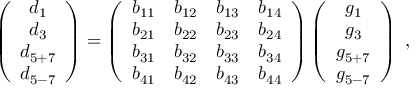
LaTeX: \left( \begin{array} { c } { { d _ { 1 } } } \\ { { d _ { 3 } } } \\ { { d _ { 5 + 7 } } } \\ { { d _ { 5 - 7 } } } \end{array} \right) = \left( \begin{array} { c c c c c } { { b _ { 1 1 } } } & { { b _ { 1 2 } } } & { { b _ { 1 3 } } } & { { b _ { 1 4 } } } \\ { { b _ { 2 1 } } } & { { b _ { 2 2 } } } & { { b _ { 2 3 } } } & { { b _ { 2 4 } } } \\ { { b _ { 3 1 } } } & { { b _ { 3 2 } } } & { { b _ { 3 3 } } } & { { b _ { 3 4 } } } \\ { { b _ { 4 1 } } } & { { b _ { 4 2 } } } & { { b _ { 4 3 } } } & { { b _ { 4 4 } } } \end{array} \right) \left( \begin{array} { c } { { g _ { 1 } } } \\ { { g _ { 3 } } } \\ { { g _ { 5 + 7 } } } \\ { { g _ { 5 - 7 } } } \end{array} \right) \ ,